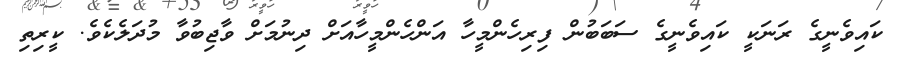
ކައިވެނީގެ ރަނަކީ ކައިވެނީގެ ސަބަބުން ފިރިހެންމީހާ އަންހެންމީހާއަށް ދިނުމަށް ވާޖިބުވާ މުދަލެކެވެ. ކީރިތި